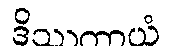
ဒိဿတာယံ